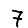
Digit: 7